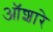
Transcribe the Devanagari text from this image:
ऑशारे